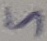
Text: 5